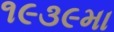
૧૯૩૯મા